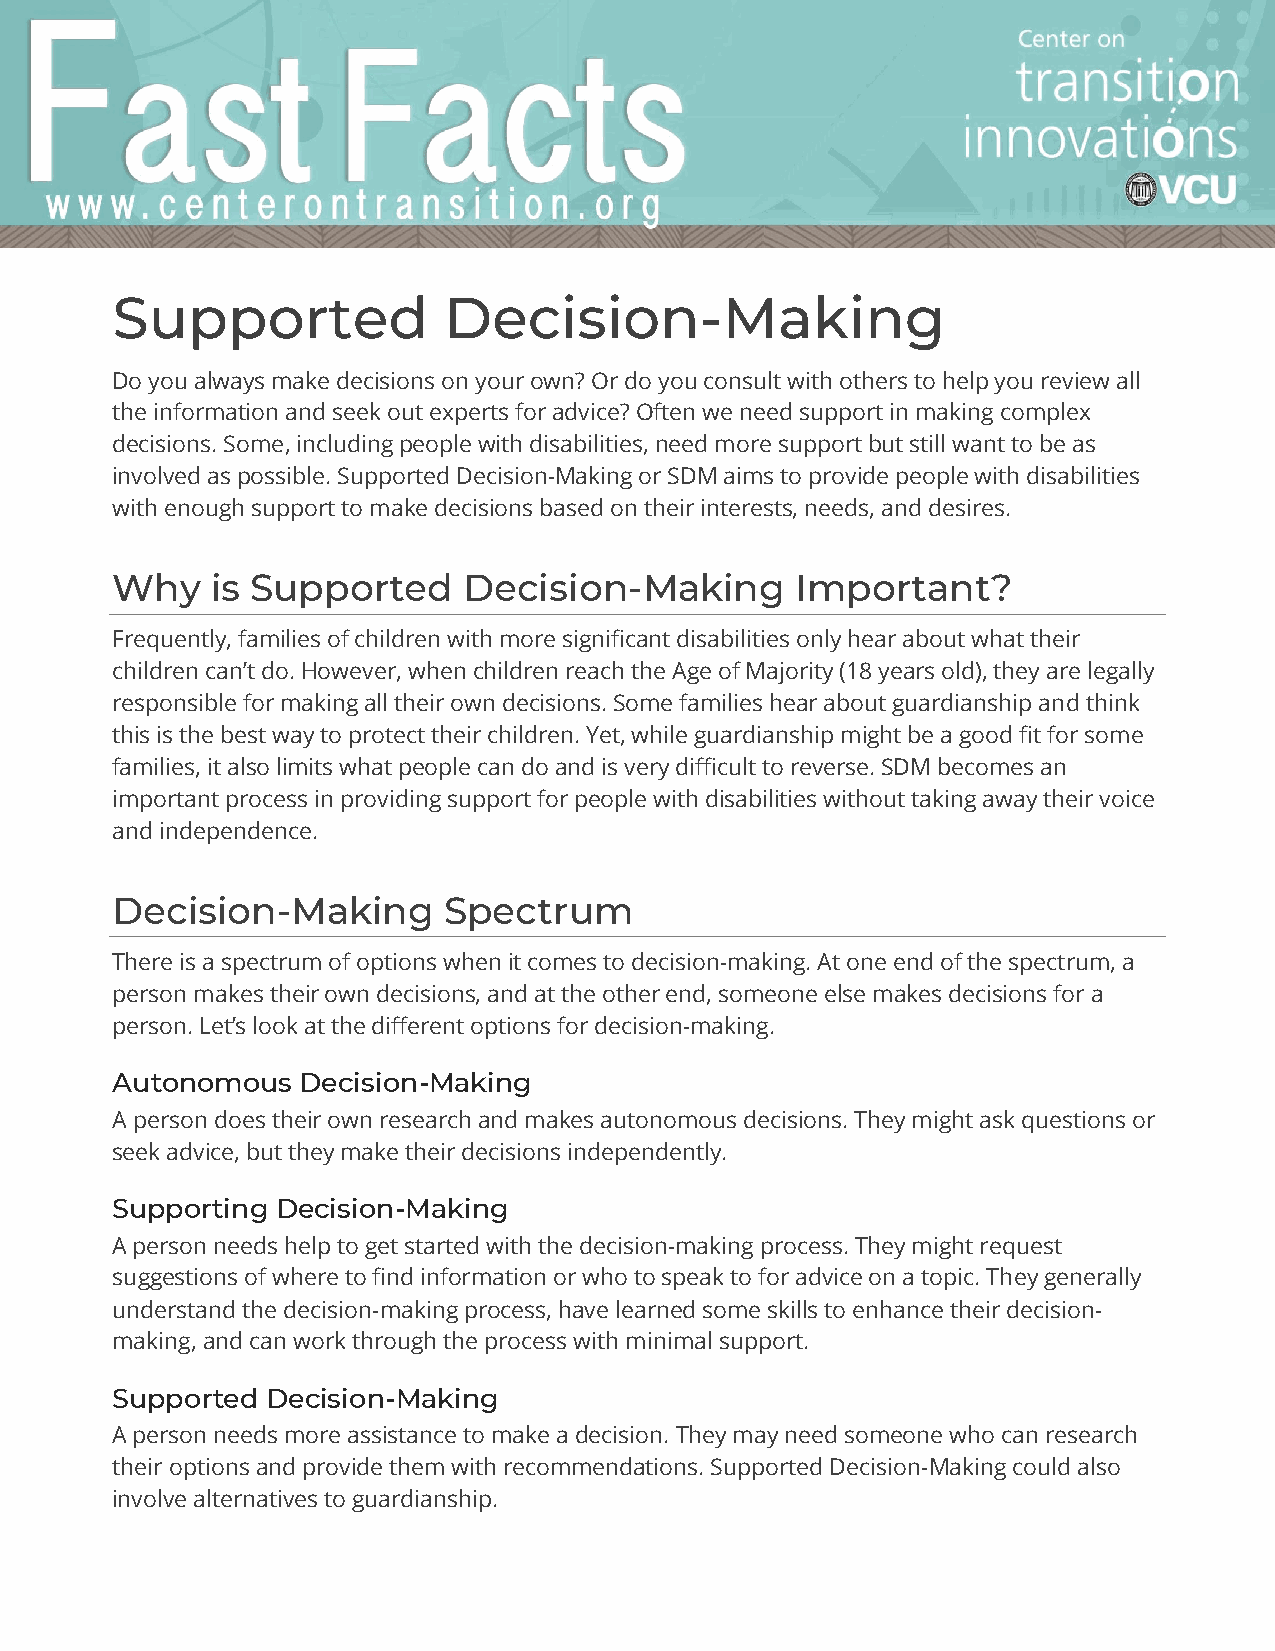
Supported             Decision-Making
 Do you always make decisions on your own? Or do you consult with others to help you review all
 the information and seek out experts for advice? Often we need support in making complex
 decisions. Some, including people with disabilities, need more support but still want to be as
 involved as possible. Supported Decision-Making or SDM aims to provide people with disabilities
 with enough support to make decisions based on their interests, needs, and desires.
 Why    is Supported     Decision-Making       Important?
 Frequently, families of children with more significant disabilities only hear about what their
 children can’t do. However, when children reach the Age of Majority (18 years old), they are legally
 responsible for making all their own decisions. Some families hear about guardianship and think
 this is the best way to protect their children. Yet, while guardianship might be a good fit for some
 families, it also limits what people can do and is very difficult to reverse. SDM becomes an
 important process in providing support for people with disabilities without taking away their voice
 and independence.
 Decision-Making       Spectrum
 There is a spectrum of options when it comes to decision-making. At one end of the spectrum, a
 person makes their own decisions, and at the other end, someone else makes decisions for a
 person. Let’s look at the different options for decision-making.
 Autonomous   Decision-Making
 A person does their own research and makes autonomous decisions. They might ask questions or
 seek advice, but they make their decisions independently.
 Supporting Decision-Making
 A person needs help to get started with the decision-making process. They might request
 suggestions of where to find information or who to speak to for advice on a topic. They generally
 understand the decision-making process, have learned some skills to enhance their decision-
 making, and can work through the process with minimal support.
 Supported  Decision-Making
 A person needs more assistance to make a decision. They may need someone who can research
 their options and provide them with recommendations. Supported Decision-Making could also
 involve alternatives to guardianship.